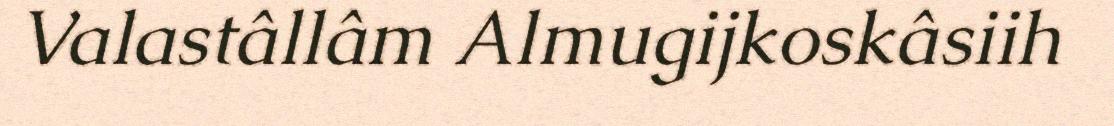
Valastâllâm Almugijkoskâsiih